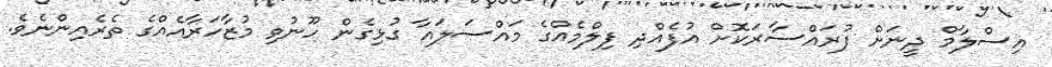
އިސްލާމް ދީނަށް ފުރައްސާރަކޮށް އުފެއްދި ފިލްމެއްގެ މައްސަލައާ ގުޅިގެން ހޫނުވި މުޒާހަރާއެއްގެ ތެރެއިންނެވެ.